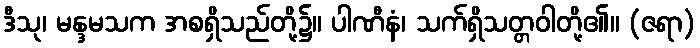
ဒီသု၊ မန္ဒမသက အစရှိသည်တို့၌။ ပါဏီနံ၊ သက်ရှိသတ္တဝါတို့၏။ (ဇရာ)